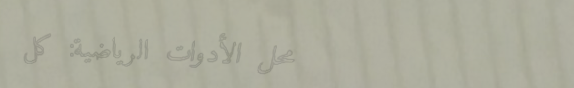
محل الأدوات الرياضية: كل